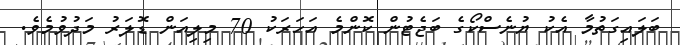
ބަލައިގަތުމާ އެކު ޔުނެސްކޯގެ ބަޖެޓުން ކޮންމެ އަހަރަކު 70 މިލިއަން ޑޮލަރު މަދުވުމެވެ.